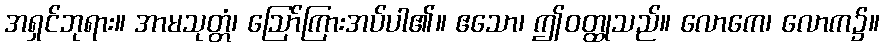
အရှင်ဘုရား။ အာမသုတ္တံ၊ ဩော်ကြားအပ်ပါ၏။ ဧသော၊ ဤဝတ္ထုသည်။ လောကေ၊ လောက၌။